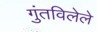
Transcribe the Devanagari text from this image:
गुंतविलेले